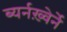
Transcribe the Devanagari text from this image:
ब्यर्नख़्वेर्ने